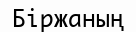
Біржаның